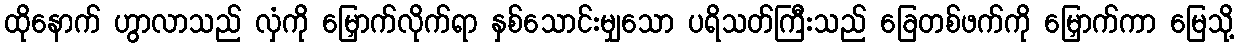
ထိုနောက် ဟွာလာသည် လှံကို မြှောက်လိုက်ရာ နှစ်သောင်းမျှသော ပရိသတ်ကြီးသည် ခြေတစ်ဖက်ကို မြှောက်ကာ မြေသို့